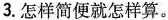
3.怎样简便就怎样算。